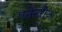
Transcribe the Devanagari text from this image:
एसेसरीज